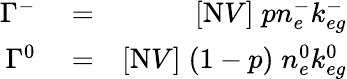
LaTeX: \begin{array}{rlr}{\Gamma^{-}}&{{}=}&{[\mathrm{N}V]\; pn_{e}^{-}k_{eg}^{-}}\\ {\Gamma^{0}}&{{}=}&{[\mathrm{N}V]\; (1-p)\; n_{e}^{0}k_{eg}^{0}}\end{array}